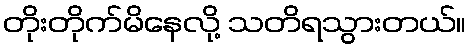
တိုးတိုက်မိနေလို့ သတိရသွားတယ်။